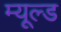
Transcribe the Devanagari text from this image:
म्यूल्ड